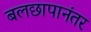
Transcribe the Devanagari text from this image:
बलछापानंतर